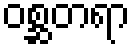
ဝစ္ဆတရာ